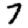
Digit: 7